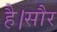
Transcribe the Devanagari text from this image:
है।सौर